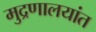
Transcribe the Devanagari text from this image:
मुद्रणालयांत